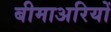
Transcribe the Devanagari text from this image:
बीमाअरियों